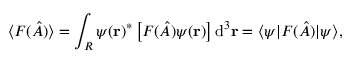
\langle F ( { \hat { A } } ) \rangle = \int _ { R } \psi ( \mathbf { r } ) ^ { * } \left[ F ( { \hat { A } } ) \psi ( \mathbf { r } ) \right] \mathrm { d } ^ { 3 } \mathbf { r } = \langle \psi | F ( { \hat { A } } ) | \psi \rangle ,